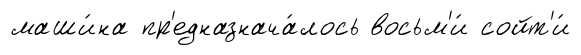
маши́на пр'едназнача́лось восьм'и́ сойт'и́